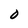
Character: 0